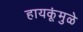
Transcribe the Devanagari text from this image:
हायकूंमुळे